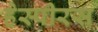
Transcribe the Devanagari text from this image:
हेस्पीरस